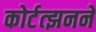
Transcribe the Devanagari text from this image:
कोर्टत्झनने